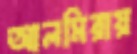
আলমিরায়